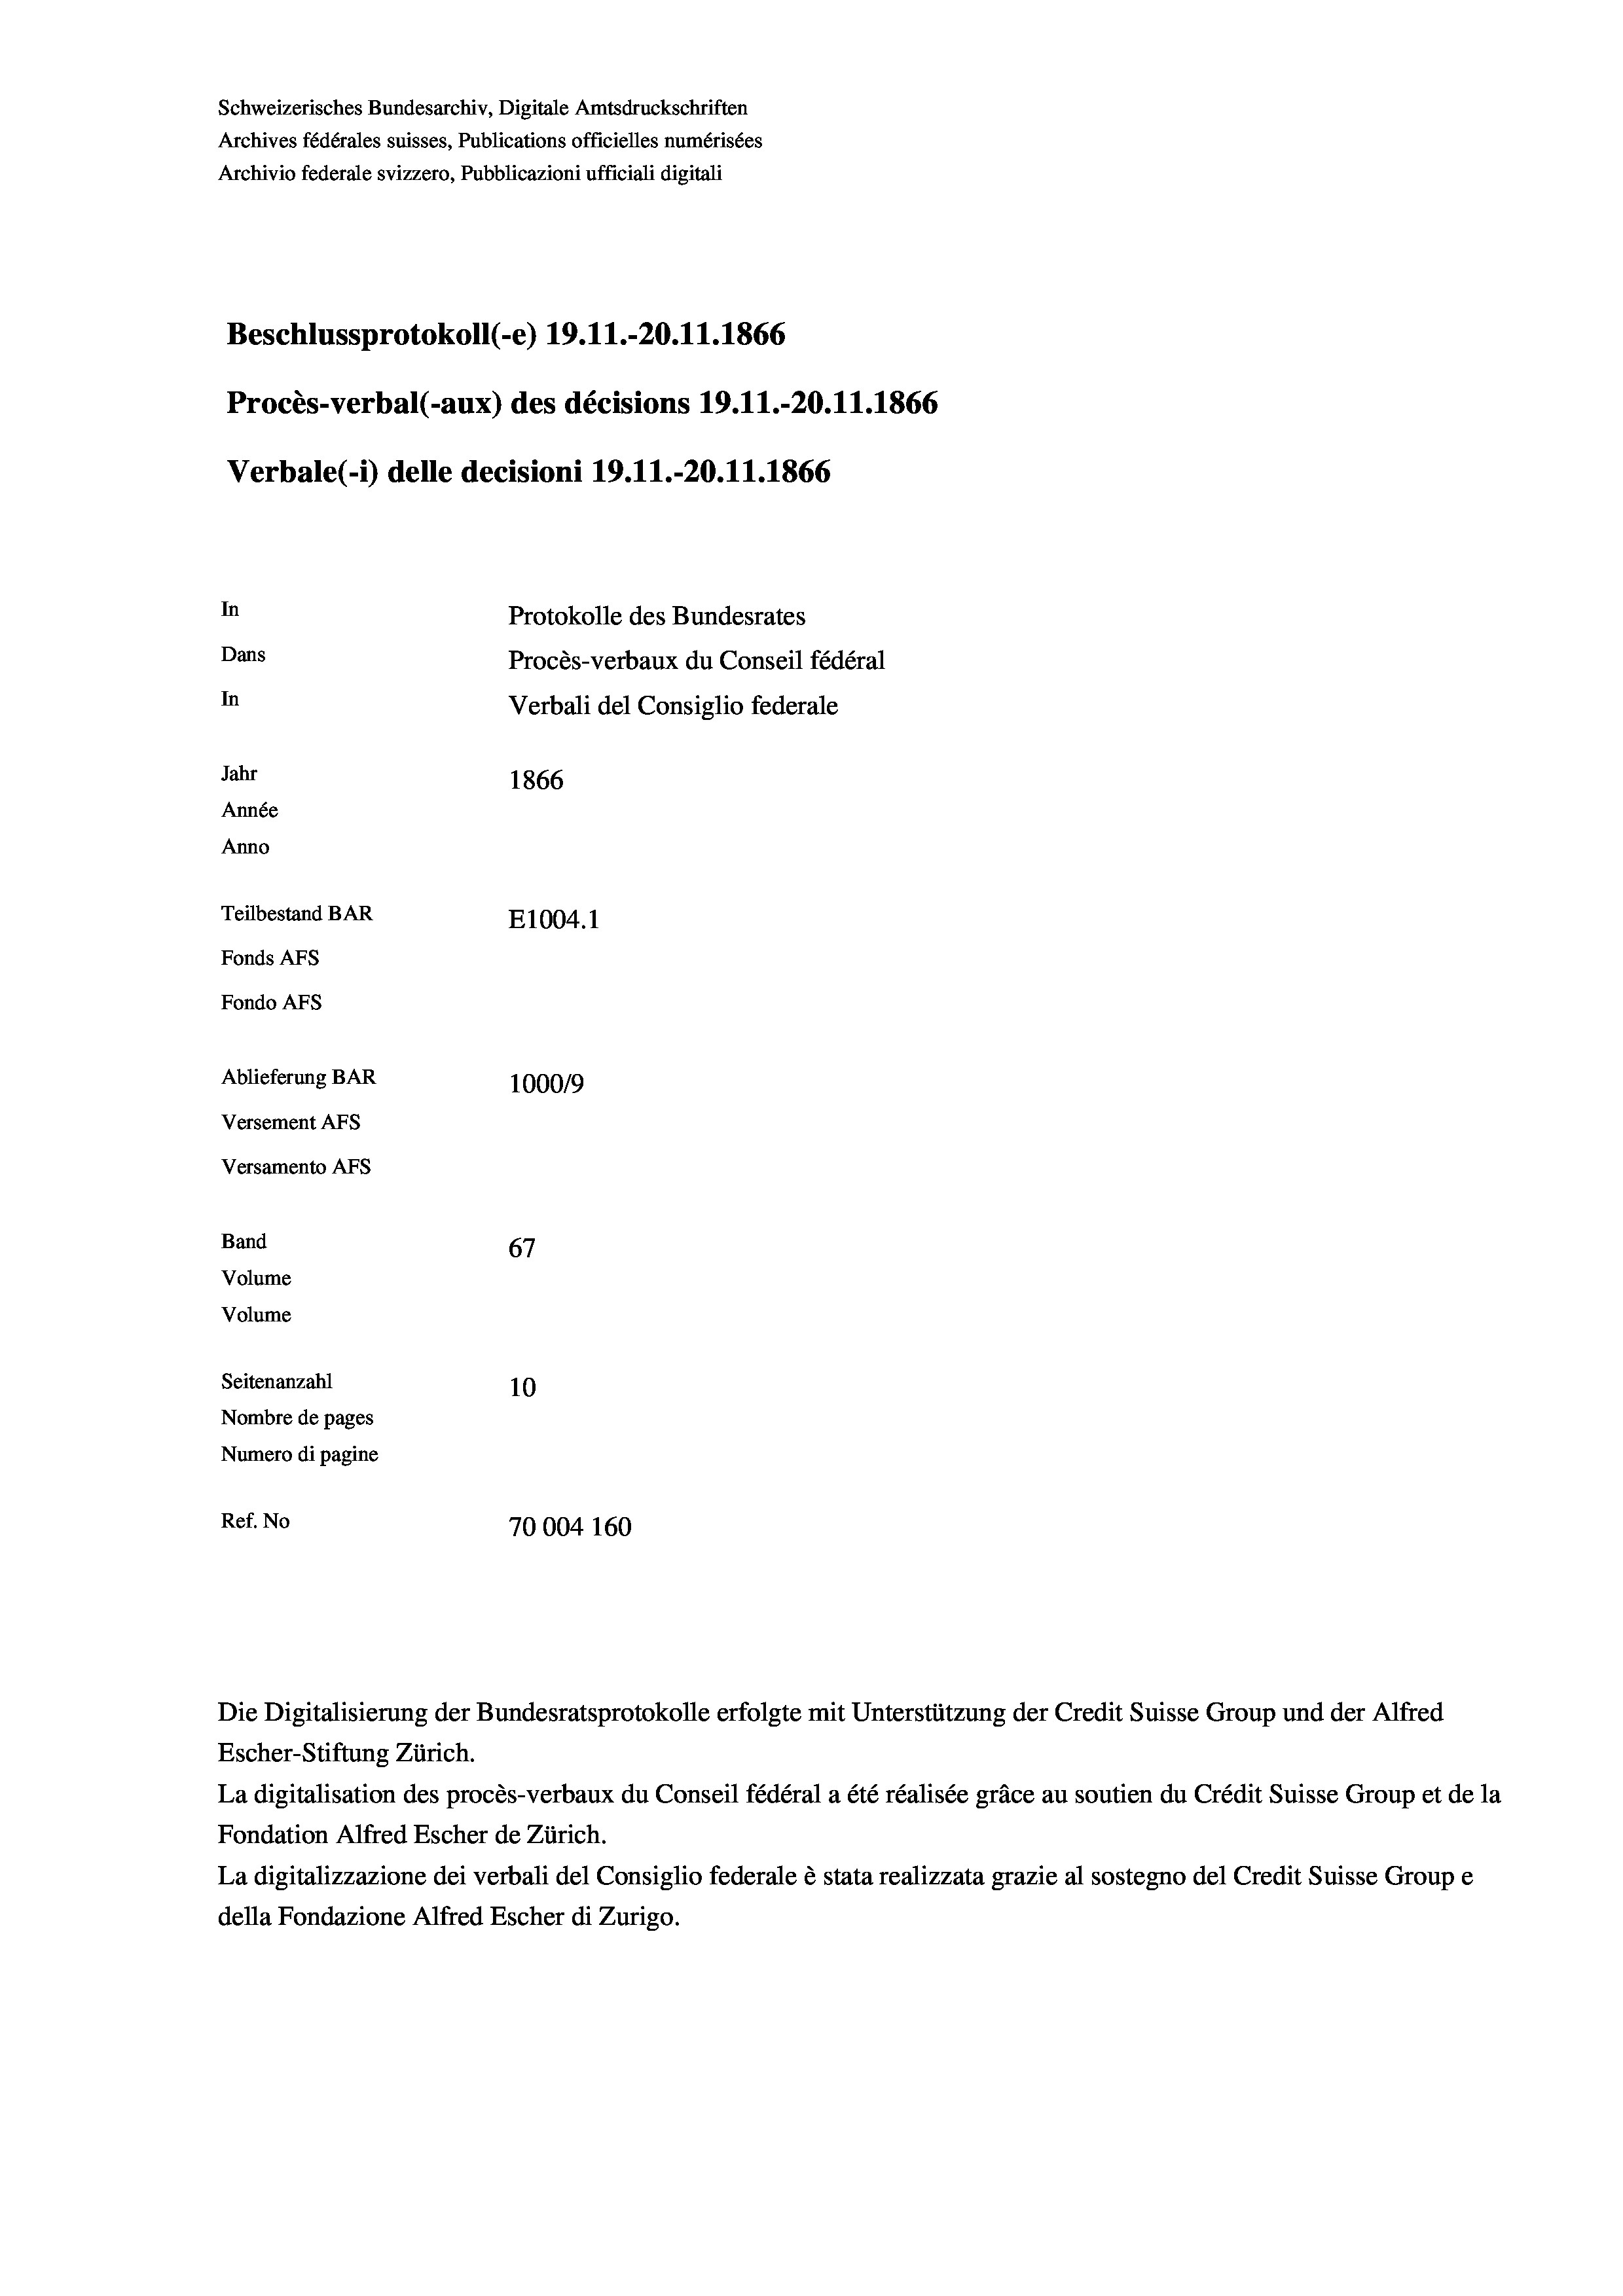
Schweizerisches Bundesarchiv, Digitale Amtsdruckschriften
Archives fédérales suisses, Publications officielles numérisées
Archivio federale svizzero, Pubblicazioni ufficiali digitali
Beschlussprotokoll (-e) 19. 11.-20.11.1866
Procès-verbal (-aux) des décisions 19.11.-20.11.1866
Verbale(*) delle decisioni 19. 11.-20.11.1866
In
Protokolle des Bundesrates
Dans
Procès-verbaux du Conseil fédéral
In
Verbali del Consiglio federale
Jahr
1866
Année
Anno
Teilbestand BAR
E1004.1
Fonds Afs
Fondo Afs
Ablieferung BAR
100019
Versement AFs
Versamento Afs
Band
67
Volume
Volume
Seitenanzahl
10
Nombre de pages
Numero di pagine
Ref. No
70004 160

Escher-Stiftung Zürich.
La digitalisation des procès-verbaux du Conseil fédéral a été réalisée gräce au soutien du Crédit Suisse Group et de la
Fondation Alfred Escher de Zürich.
La digitalizzazione dei verbali del Consiglio federale è stata realizzata grazie al sostegno del Credit Suisse Groupe
della Fondazione Alfred Escher di Zurigo.

Die Digitalisierung der Bundesratsprotokolle erfolgte mit Unterstützung der Credit Suisse Group und der Alfred